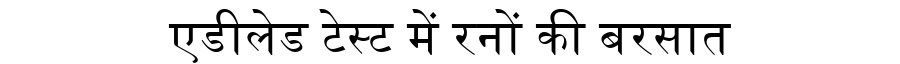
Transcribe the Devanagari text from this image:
एडीलेड टेस्ट में रनों की बरसात